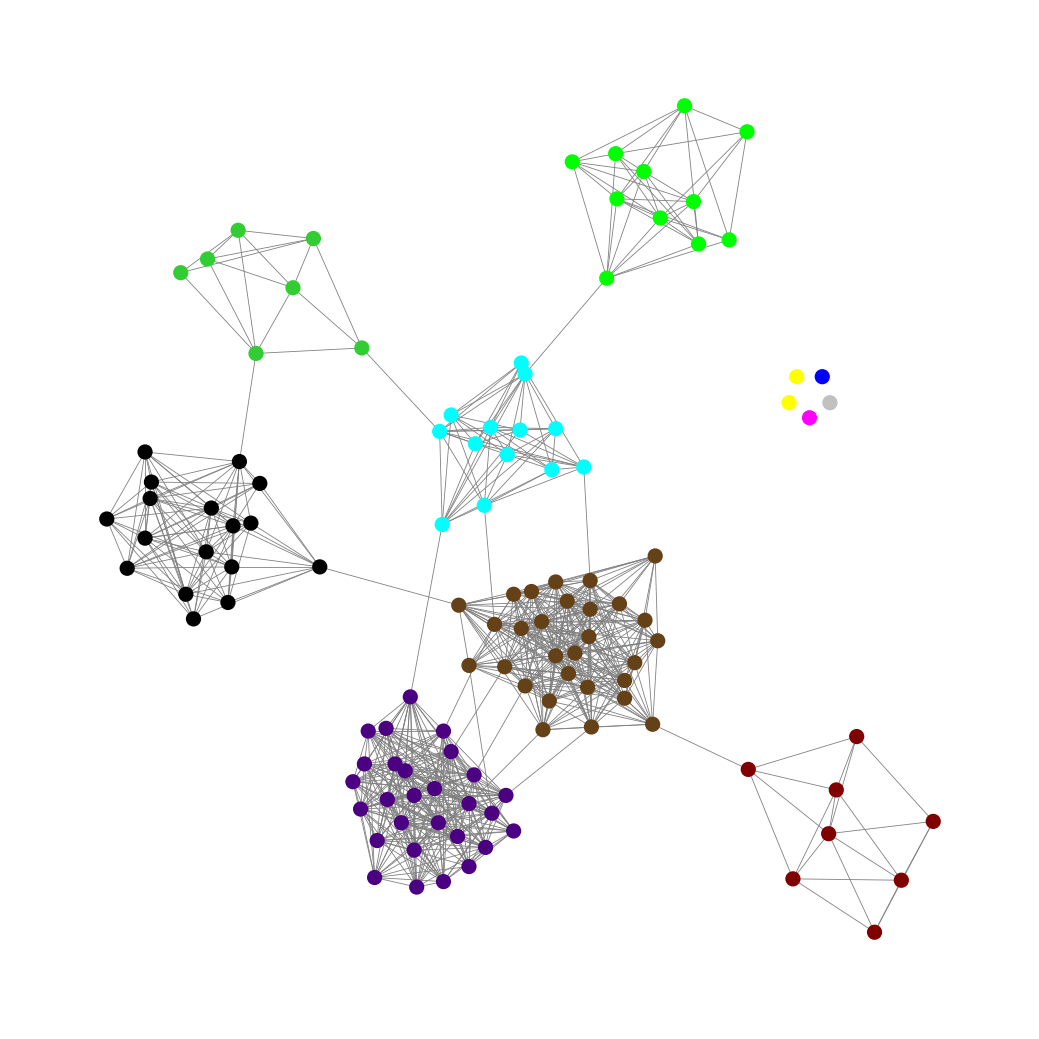
Graph connected: No
Number of connected components: 6
Number of singletons: 5
Total number of nodes: 118
Total number of edges: 789
Number of communities: 11
Community sizes:
Aqua: 13
Black: 17
Blue: 1
Fuchsia: 1
Indigo: 28
Lime: 11
Lime Green: 7
Maroon: 8
Pullman Brown: 29
Silver: 1
Yellow: 2
Graph layout: tda
Graph generation method: erdos_renyi